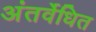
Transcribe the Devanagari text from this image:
अंतर्वेधित